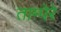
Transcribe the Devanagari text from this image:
ताम्पेरे